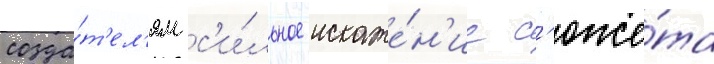
созда́т'ел'ям с'и́льное искаже́н'ие с'юже́та